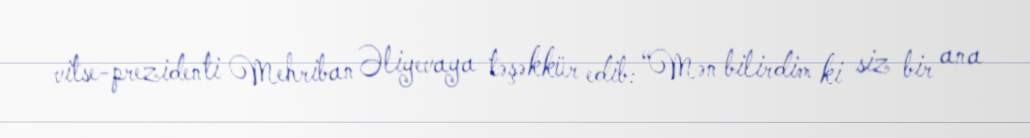
vitse-prezidenti Mehriban Əliyevaya təşəkkür edib: “Mən bilirdim ki siz bir ana